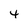
Character: 4